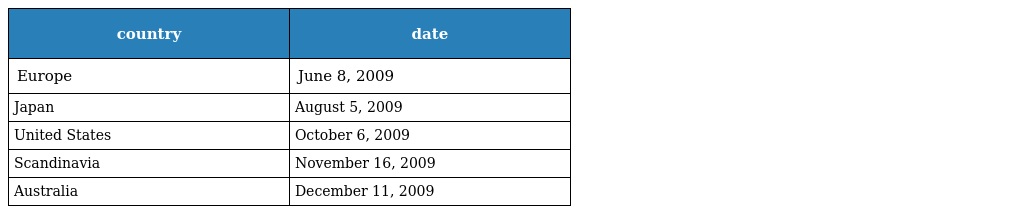
| country | date |
 | --- | --- |
 | Europe | June 8, 2009 |
 | Japan | August 5, 2009 |
 | United States | October 6, 2009 |
 | Scandinavia | November 16, 2009 |
 | Australia | December 11, 2009 |